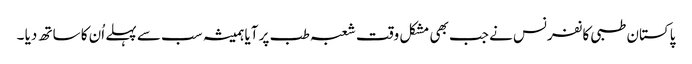
پاکستان طبی کانفرنس نے جب بھی مشکل وقت شعبہ طب پر آیا ہمیشہ سب سے پہلے اُن کا ساتھ دیا ۔